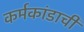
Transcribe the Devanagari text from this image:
कर्मकांडाची